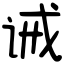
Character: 诫